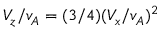
V _ { z } / v _ { A } = ( 3 / 4 ) ( V _ { x } / v _ { A } ) ^ { 2 }